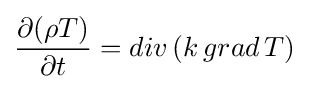
{\frac {\partial {(\rho T)}}{\partial t}}={div\,(k\,grad\,T)}